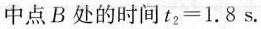
中点B处的时间f t _ { 2 } 2 = 1 . 8 s$$.